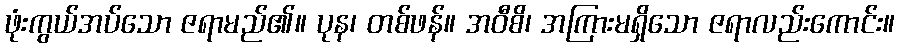
ဖုံးကွယ်အပ်သော ဇရာမည်၏။ ပုန၊ တစ်ဖန်။ အဝီစိ၊ အကြားမရှိသော ဇရာလည်းကောင်း။